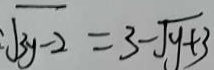
\sqrt { 3 y - 2 } = 3 - \sqrt { y + 3 }